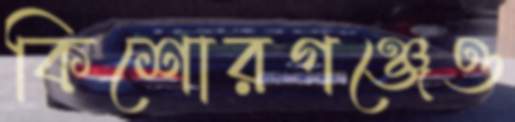
কিশোরগঞ্জেও